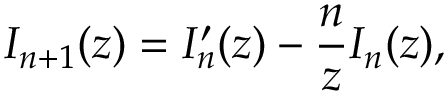
I _ { n + 1 } ( z ) = I _ { n } ^ { \prime } ( z ) - { \frac { n } { z } } I _ { n } ( z ) ,